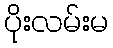
ပိုးလမ်းမ